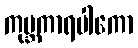
ကုမ္ဘကာရပါကော